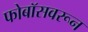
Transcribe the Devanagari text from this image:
फोबॉसवरून